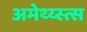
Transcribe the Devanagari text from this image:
अमेथ्य्स्त्स